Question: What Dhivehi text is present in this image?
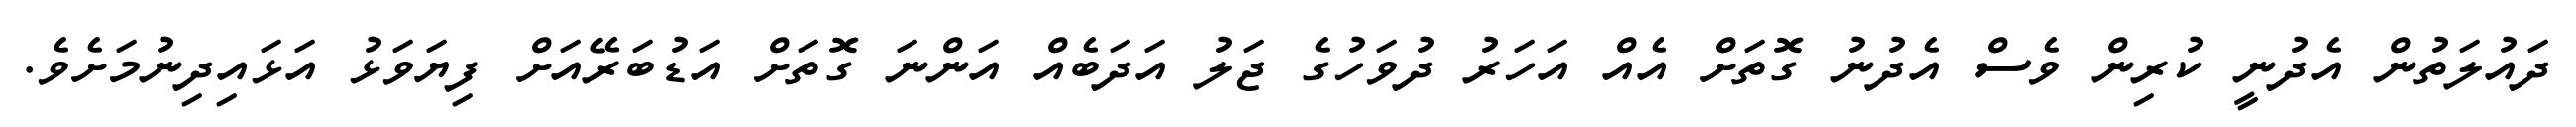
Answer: ދައުލަތުން އެދުނީ ކުރިން ވެސް އެދުނު ގޮތަށް އެއް އަހަރު ދުވަހުގެ ޖަލު އަދަބެއް އަންނަ ގޮތަށް އަޑުބަރޭއަށް ފިޔަވަޅު އަޅައިދިނުމަށެވެ.